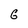
Character: G